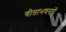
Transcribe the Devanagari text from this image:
गीताभवनमें